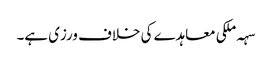
سہہ ملکی معاہدے کی خلاف ورزی ہے۔